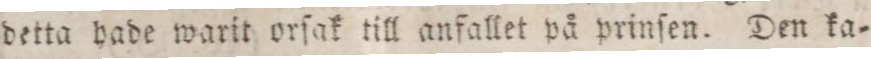
detta hade warit orſak till anfallet på prinſen. Den ka=